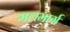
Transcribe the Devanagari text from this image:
मलमार्ग